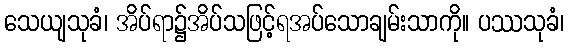
သေယျသုခံ၊ အိပ်ရာ၌အိပ်သဖြင့်ရအပ်သောချမ်းသာကို။ ပဿသုခံ၊